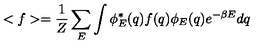
< f > = \frac { 1 } { Z } \sum _ { E } \int \phi _ { E } ^ { * } ( q ) f ( q ) \phi _ { E } ( q ) e ^ { - \beta E } d q